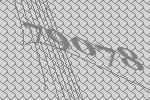
79078